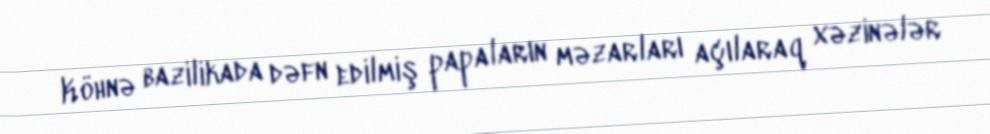
Köhnə bazilikada dəfn edilmiş papaların məzarları açılaraq xəzinələr